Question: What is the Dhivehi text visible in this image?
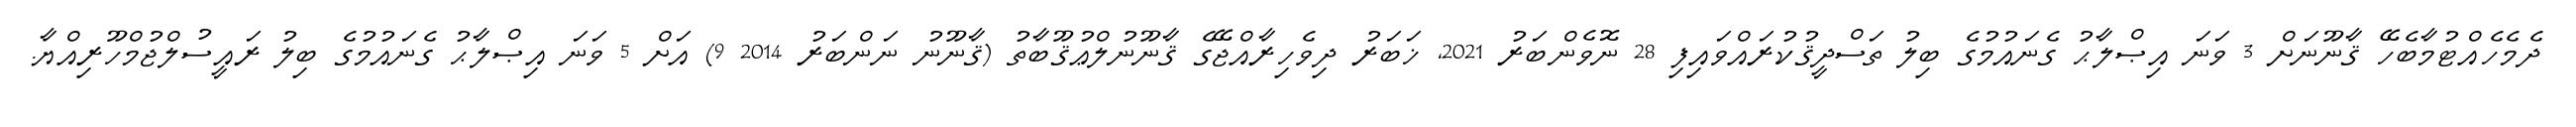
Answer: ދެމެހެއްޓުމާބެހޭ ޤާނޫނަށް 3 ވަނަ އިޞްލާޙު ގެނައުމުގެ ބިލު ތަސްދީޤުކުރައްވައިފި 28 ނޮވެންބަރު 2021, ޚަބަރު ދިވެހިރާއްޖޭގެ ޤާނޫނުލްޢުޤޫބާތު (ޤާނޫނު ނަންބަރު 2014 9) އަށް 5 ވަނަ އިޞްލާޙު ގެނައުމުގެ ބިލު ރައީސުލްޖުމްހޫރިއްޔާ.